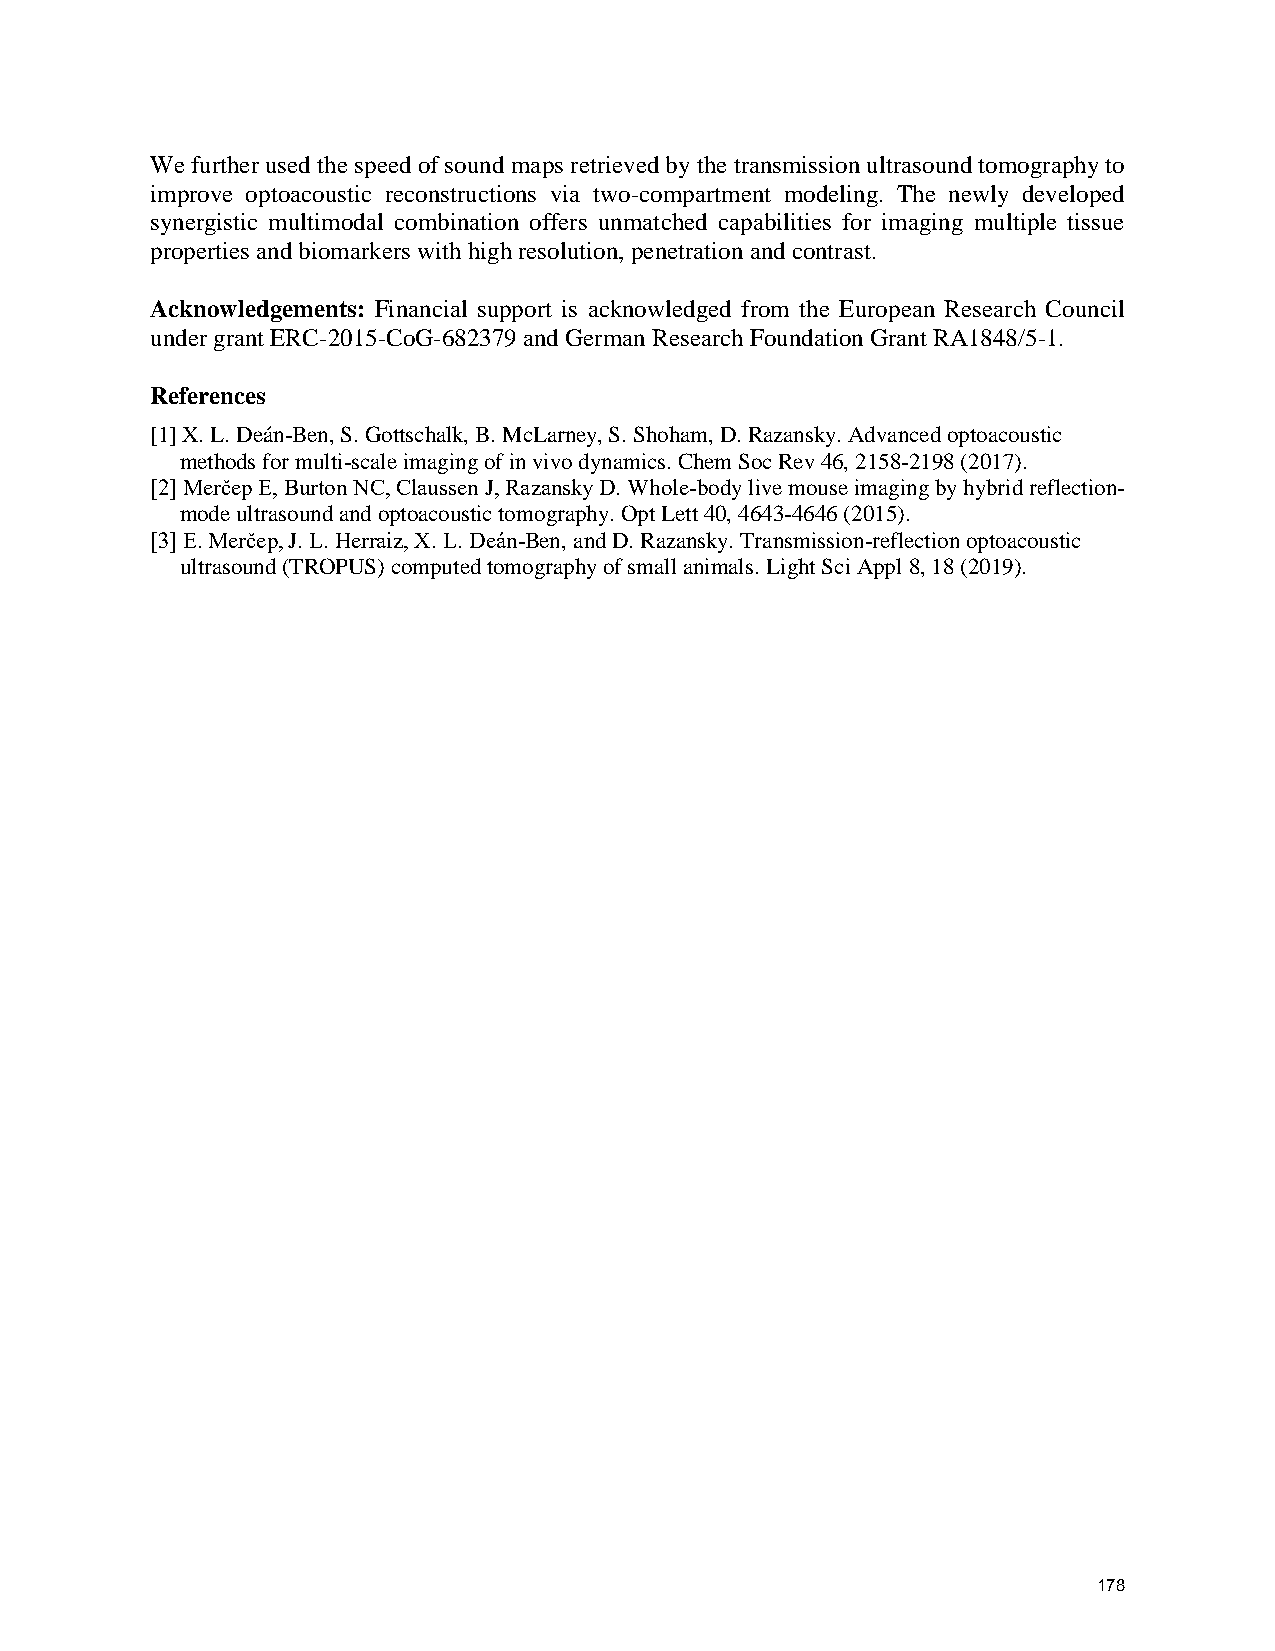
We further used the speed of sound maps retrieved by the transmission ultrasound tomography to
 improve optoacoustic reconstructions via two-compartment modeling. The newly developed
 synergistic multimodal combination offers unmatched capabilities for imaging multiple tissue
 properties and biomarkers with high resolution, penetration and contrast.
 Acknowledgements: Financial support is acknowledged from the European Research Council
 under grant ERC-2015-CoG-682379 and German Research Foundation Grant RA1848/5-1.
 References
 [1] X. L. Deán-Ben, S. Gottschalk, B. McLarney, S. Shoham, D. Razansky. Advanced optoacoustic
 methods for multi-scale imaging of in vivo dynamics. Chem Soc Rev 46, 2158-2198 (2017).
 [2] Merčep E, Burton NC, Claussen J, Razansky D. Whole-body live mouse imaging by hybrid reflection-
 mode ultrasound and optoacoustic tomography. Opt Lett 40, 4643-4646 (2015).
 [3] E. Merčep, J. L. Herraiz, X. L. Deán-Ben, and D. Razansky. Transmission-reflection optoacoustic
 ultrasound (TROPUS) computed tomography of small animals. Light Sci Appl 8, 18 (2019).
 178